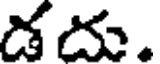
డదు.